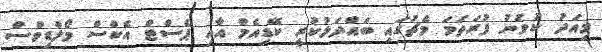
މިއަދު ކުޅުނު ފުރަތަމަ މެޗުގައި ބައްދަލުކުރީ ކޭޑިއެމް އާއި ޕެސްޓް އެކްސް މޯލްޑިވްސް